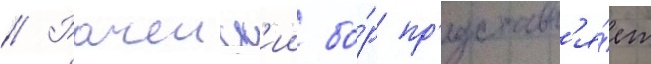
// Рачеиск'ии бо́р пр'едставл'я́ет